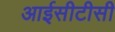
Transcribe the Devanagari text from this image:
आईसीटीसी